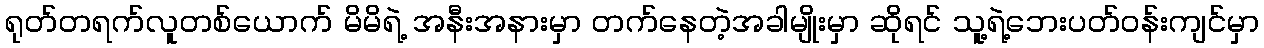
ရုတ်တရက်လူတစ်ယောက် မိမိရဲ့ အနီးအနားမှာ တက်နေတဲ့အခါမျိုးမှာ ဆိုရင် သူ့ရဲ့ဘေးပတ်ဝန်းကျင်မှာ